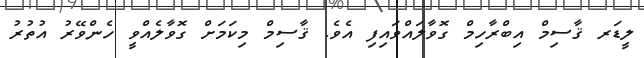
ލީޑަރ ޤާސިމް އިބްރާހިމް ގޮވާލައްވައިފި އެވެ. ޤާސިމް މިކަމަށް ގޮވާލެއްވީ ހެންވޭރު އުތުރު